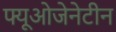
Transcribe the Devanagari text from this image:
फ्यूओजेनेटीन